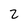
Character: 2